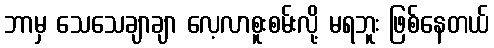
ဘာမှ သေသေချာချာ လေ့လာစူးစမ်းလို့ မရဘူး ဖြစ်နေတယ်